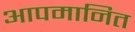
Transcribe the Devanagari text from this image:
आपमानित